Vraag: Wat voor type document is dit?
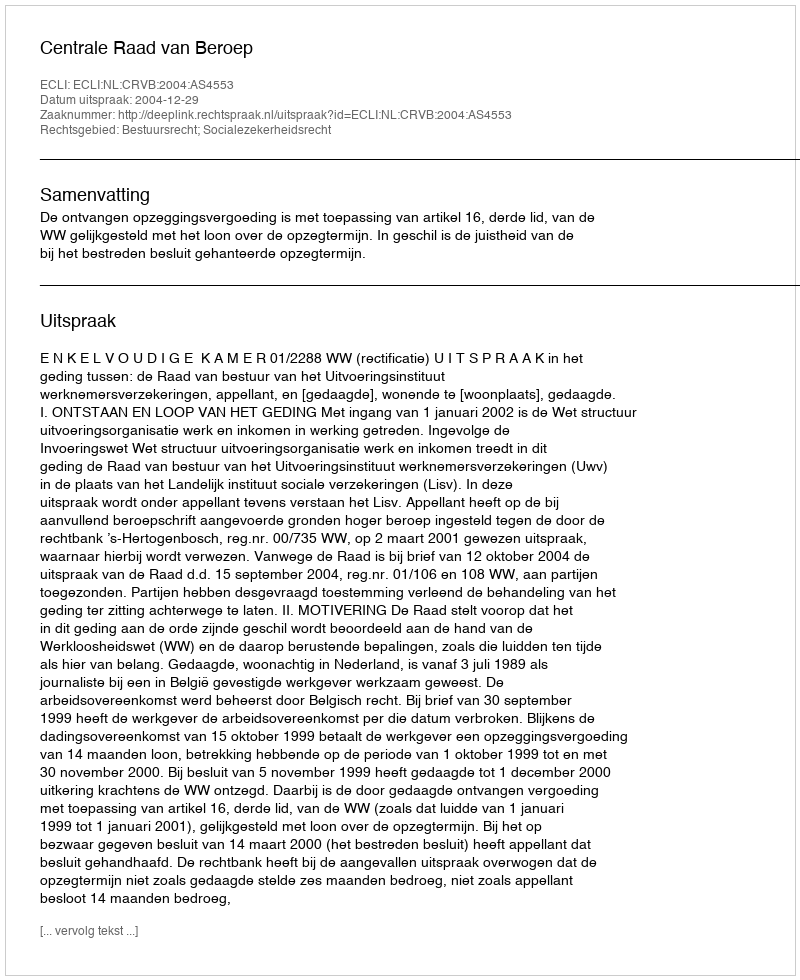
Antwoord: Uitspraak